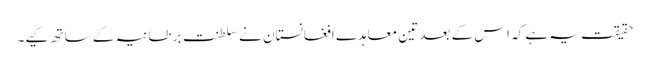
حقیقت یہ ہے کہ اس کے بعد تین معاہدے افغانستان نے سلطنت برطانیہ کے ساتھ کیے۔